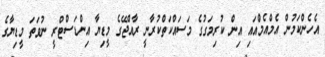
އެހެންކަމުން އެމްއެމްއައި އިން ކުރިމަގުގެ މަސައްކަތްކުރާނީ ރާއްޖޭގެ މީޑިޔާ އިންޑަސްޓްރީ ނުވަަތަ މީޑިޔާގެ